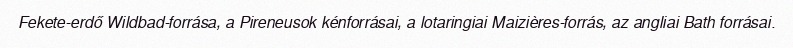
Fekete-erdő Wildbad-forrása, a Pireneusok kénforrásai, a lotaringiai Maizières-forrás, az angliai Bath forrásai.